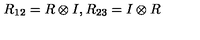
R _ { 1 2 } = R \otimes I , R _ { 2 3 } = I \otimes R